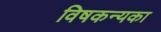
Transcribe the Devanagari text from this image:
विषकन्यका